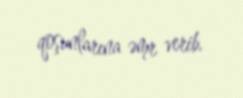
qoşunlarına əmr verib.